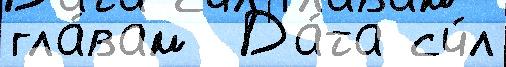
гла́вам  Да́та сч́л